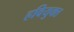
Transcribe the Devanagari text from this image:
हवियुक्त